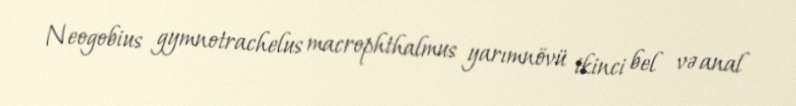
Neogobius gymnotrachelus macrophthalmus yarımnövü ikinci bel və anal